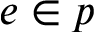
e \in p